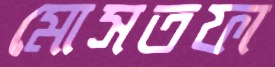
মোসতফা